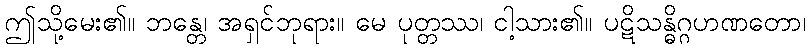
ဤသို့မေး၏။ ဘန္တေ၊ အရှင်ဘုရား။ မေ ပုတ္တဿ၊ ငါ့သား၏။ ပဋိသန္ဓိဂ္ဂဟဏတော၊